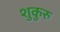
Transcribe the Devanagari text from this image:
शुकुरु